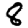
Digit: 8